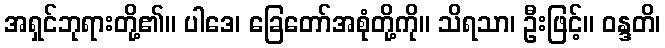
အရှင်ဘုရားတို့၏။ ပါဒေ၊ ခြေတော်အစုံတို့ကို။ သိရသာ၊ ဦးဖြင့်။ ဝန္ဒတိ၊